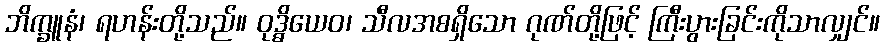
ဘိက္ခူနံ၊ ရဟန်းတို့သည်။ ဝုဒ္ဓိယေဝ၊ သီလအစရှိသော ဂုဏ်တို့ဖြင့် ကြီးပွားခြင်းကိုသာလျှင်။